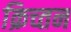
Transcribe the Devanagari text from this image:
क्रिच्तन